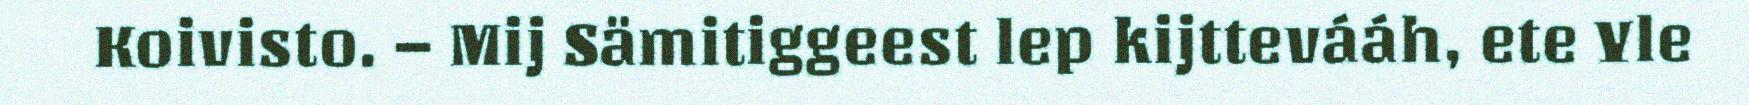
Koivisto. – Mij Sämitiggeest lep kijttevááh, ete Yle